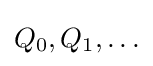
{\textstyle Q_{0},Q_{1},\dots }